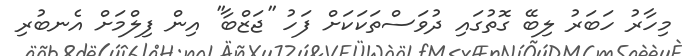
މިހާރު ހަބަރު ލިބޭ ގޮތުގައި ދުވަސްތަކަކަށް ފަހު ''ޖަޒްބާ'' އިން ފިލްމަށް އެނބުރި